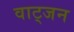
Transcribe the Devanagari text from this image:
वाट्जन